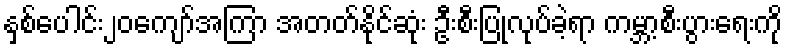
နှစ်ပေါင်း၂၀ကျော်အကြာ အတတ်နိုင်ဆုံး ဦးစီးပြုလုပ်ခဲ့ရာ ကမ္ဘာ့စီးပွားရေးကို